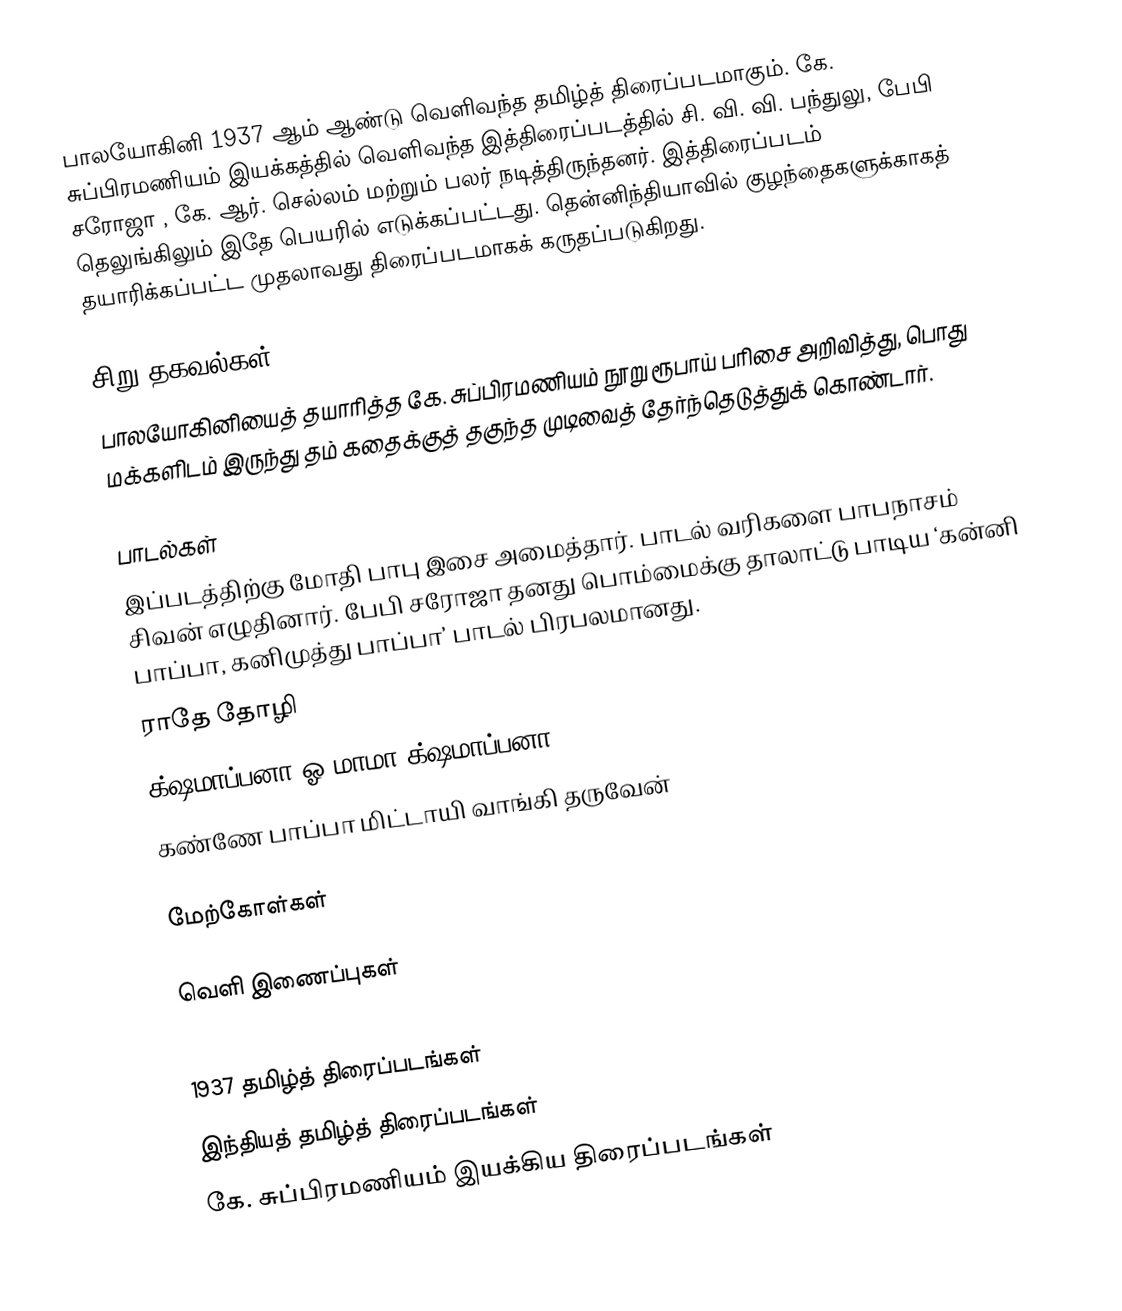
பாலயோகினி 1937 ஆம் ஆண்டு வெளிவந்த தமிழ்த் திரைப்படமாகும். கே. சுப்பிரமணியம் இயக்கத்தில் வெளிவந்த இத்திரைப்படத்தில் சி. வி. வி. பந்துலு, பேபி சரோஜா , கே. ஆர். செல்லம் மற்றும் பலர் நடித்திருந்தனர். இத்திரைப்படம் தெலுங்கிலும் இதே பெயரில் எடுக்கப்பட்டது. தென்னிந்தியாவில் குழந்தைகளுக்காகத் தயாரிக்கப்பட்ட முதலாவது திரைப்படமாகக் கருதப்படுகிறது.

சிறு தகவல்கள்
பாலயோகினியைத் தயாரித்த கே. சுப்பிரமணியம் நூறு ரூபாய் பரிசை அறிவித்து, பொது மக்களிடம் இருந்து தம் கதைக்குத் தகுந்த முடிவைத் தேர்ந்தெடுத்துக் கொண்டார்.

பாடல்கள்
இப்படத்திற்கு மோதி பாபு இசை அமைத்தார். பாடல் வரிகளை பாபநாசம் சிவன் எழுதினார். பேபி சரோஜா தனது பொம்மைக்கு தாலாட்டு பாடிய ‘கன்னி பாப்பா, கனிமுத்து பாப்பா’  பாடல் பிரபலமானது.
ராதே தோழி
க்ஷமாப்பனா ஓ மாமா க்ஷமாப்பனா
கண்ணே பாப்பா மிட்டாயி வாங்கி தருவேன்

மேற்கோள்கள்

வெளி இணைப்புகள்

1937 தமிழ்த் திரைப்படங்கள்
இந்தியத் தமிழ்த் திரைப்படங்கள்
கே. சுப்பிரமணியம் இயக்கிய திரைப்படங்கள்